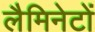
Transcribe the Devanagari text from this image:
लैमिनेटों